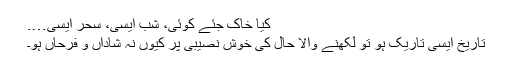
کیا خاک جئے کوئی، شب ایسی، سحر ایسی….
تاریخ ایسی تاریک ہو تو لکھنے والا حال کی خوش نصیبی پر کیوں نہ شاداں و فرحاں ہو۔